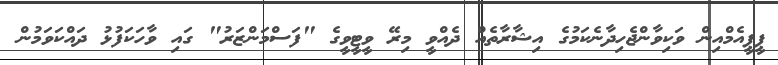
ޕީޕީއެމްއިން ވަކިވާންޖެހިދާނެކަމުގެ އިޝާރާތެއް ދެއްވީ މިރޭ ވީޓީވީގެ "ފަސްމަންޒަރު" ގައި ވާހަކަފުޅު ދައްކަވަމުން